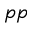
p p